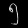
Digit: ၅